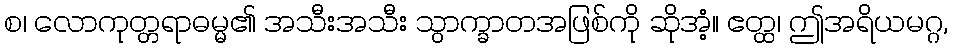
စ၊ လောကုတ္တရာဓမ္မ၏ အသီးအသီး သွာက္ခာတအဖြစ်ကို ဆိုအံ့။ ဧတ္ထ၊ ဤအရိယမဂ္ဂ,